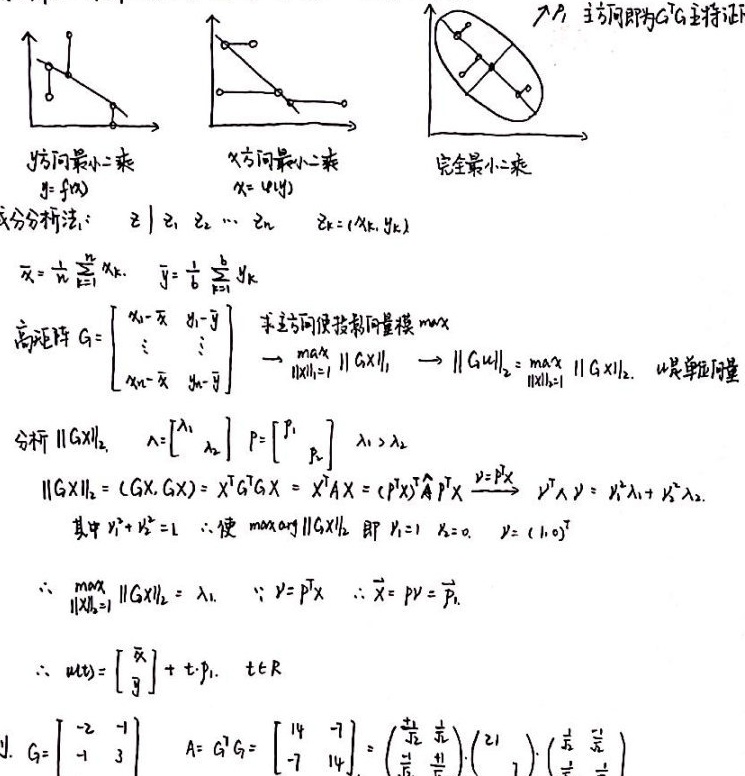
\begin{align*}
&\text{y方向最小二乘}\quad y = f(x)\\
&\text{x方向最小二乘}\quad x = g(y)\\
&\text{完全最小二乘}\\
&\text{交分分析法：}\quad z_1,z_2,\cdots,z_n\quad z_k=(x_k,y_k)\\
&\bar{x}=\frac{1}{n}\sum_{k = 1}^{n}x_k\quad \bar{y}=\frac{1}{n}\sum_{k = 1}^{n}y_k\\
&\text{高矩阵}G=\begin{bmatrix}
x_1-\bar{x}&y_1 - \bar{y}\\
\vdots&\vdots\\
x_n-\bar{x}&y_n - \bar{y}
\end{bmatrix}\quad \to\quad \max_{\|X\|_2 = 1}\|GX\|_2\quad \to\quad \|Gu\|_2=\max_{\|X\|_2 = 1}\|GX\|_2,\ u\text{是单位向量}\\
&\text{分析}\|GX\|_2\quad \Lambda=\begin{bmatrix}
\lambda_1&\\
&\lambda_2
\end{bmatrix}\quad P=\begin{bmatrix}
p_1&p_2
\end{bmatrix}\quad \lambda_1>\lambda_2\\
&\|GX\|_2=(GX,GX)=X^TG^TGX=X^TAX=(P^TY)^TA(P^TY)\xrightarrow{Y = PX}Y^TAY=y_1^2\lambda_1 + y_2^2\lambda_2\\
&\text{其中}y_1^2 + y_2^2 = 1\quad \text{使}\max_{arg}\|GX\|_2\text{即}y_1 = 1,y_2 = 0\quad Y=(1,0)^T\\
&\because\max_{\|X\|_2 = 1}\|GX\|_2=\lambda_1\quad \because Y = P^TX\quad \therefore\vec{X}=PY=\vec{P_1}\\
&\therefore u(t)=\begin{bmatrix}
\bar{x}\\
\bar{y}
\end{bmatrix}+t\cdot p_1,\ t\in R\\
&\text{J.}\ G=\begin{bmatrix}
-2&1\\
1&3
\end{bmatrix}\quad A = G^TG=\begin{bmatrix}
14&-7\\
-7&14
\end{bmatrix}=\begin{pmatrix}
\frac{\sqrt{2}}{2}&\frac{\sqrt{2}}{2}\\
-\frac{\sqrt{2}}{2}&\frac{\sqrt{2}}{2}
\end{pmatrix}\cdot\begin{pmatrix}
21&\\
&7
\end{pmatrix}\cdot\begin{pmatrix}
\frac{\sqrt{2}}{2}&-\frac{\sqrt{2}}{2}\\
\frac{\sqrt{2}}{2}&\frac{\sqrt{2}}{2}
\end{pmatrix}
\end{align*}